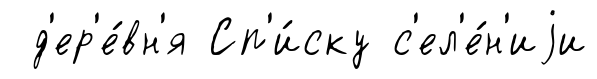
д'ер'е́вн'я Сп'и́ску с'ел'е́н'иjи